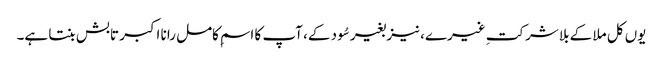
یوں کل ملا کے بلا شرکتِ غیرے، نیز بغیر سُود کے، آپ کا اسمِ کامل رانا اکبر تابش بنتا ہے۔